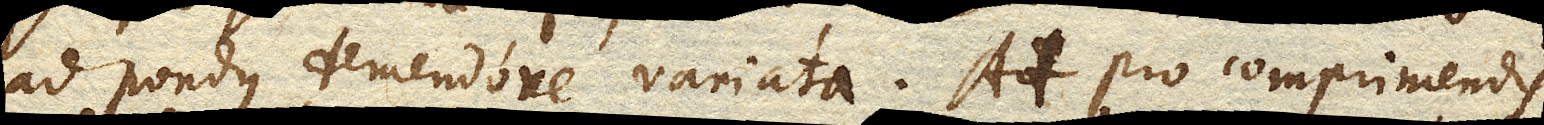
ad pondus demendove variata. At pro comprimendis